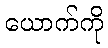
ယောက်ကို